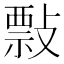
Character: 𢿏